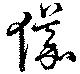
儀